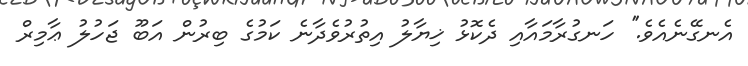
އެނގޭނެއެވެ.'' ހަނގުރާމައާއި ދެކޮޅު ޚިޔާލު އިތުރުވެދާނެ ކަމުގެ ބިރުން އަބޫ ޖަހުލު ޢާމިރް